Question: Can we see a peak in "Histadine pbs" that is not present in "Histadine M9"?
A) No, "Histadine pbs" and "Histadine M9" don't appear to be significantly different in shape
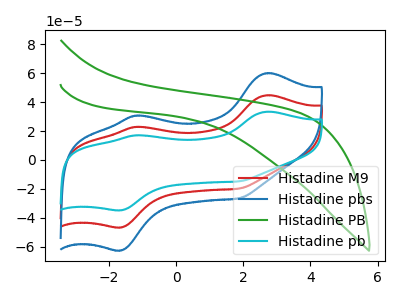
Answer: <think>The red curve "Histadine M9" has anodic peaks at (2.70V, 44.70uA) (-1.15V, 22.90uA) and cathodic peaks at (-1.70V, -46.55uA) (1.85V, -19.75uA). The blue curve "Histadine pbs" has anodic peaks at (2.70V, 59.95uA) (-1.15V, 30.70uA) and cathodic peaks at (-1.70V, -62.40uA) (1.85V, -26.45uA). The green curve "Histadine PB" has no peaks. The cyan curve "Histadine pb" has anodic peaks at (2.70V, 89.40uA) (-1.15V, 45.80uA) and cathodic peaks at (-1.70V, -93.05uA) (1.85V, -39.45uA).
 All the peaks in "Histadine pbs" have a peak in "Histadine M9" at the same potential. Every peak in "Histadine pbs" is higher than every peak in "Histadine M9".</think>
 <answer>A) No, "Histadine pbs" and "Histadine M9" don't appear to be significantly different in shape</answer>
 <eval>A</eval>